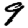
Digit: 9